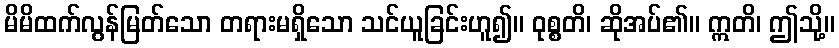
မိမိထက်လွန်မြတ်သော တရားမရှိသော သင်ယူခြင်းဟူ၍။ ဝုစ္စတိ၊ ဆိုအပ်၏။ ဣတိ၊ ဤသို့။